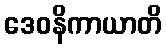
ဒေဝနိကာယာတိ